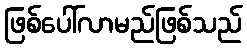
ဖြစ်ပေါ်လာမည်ဖြစ်သည်